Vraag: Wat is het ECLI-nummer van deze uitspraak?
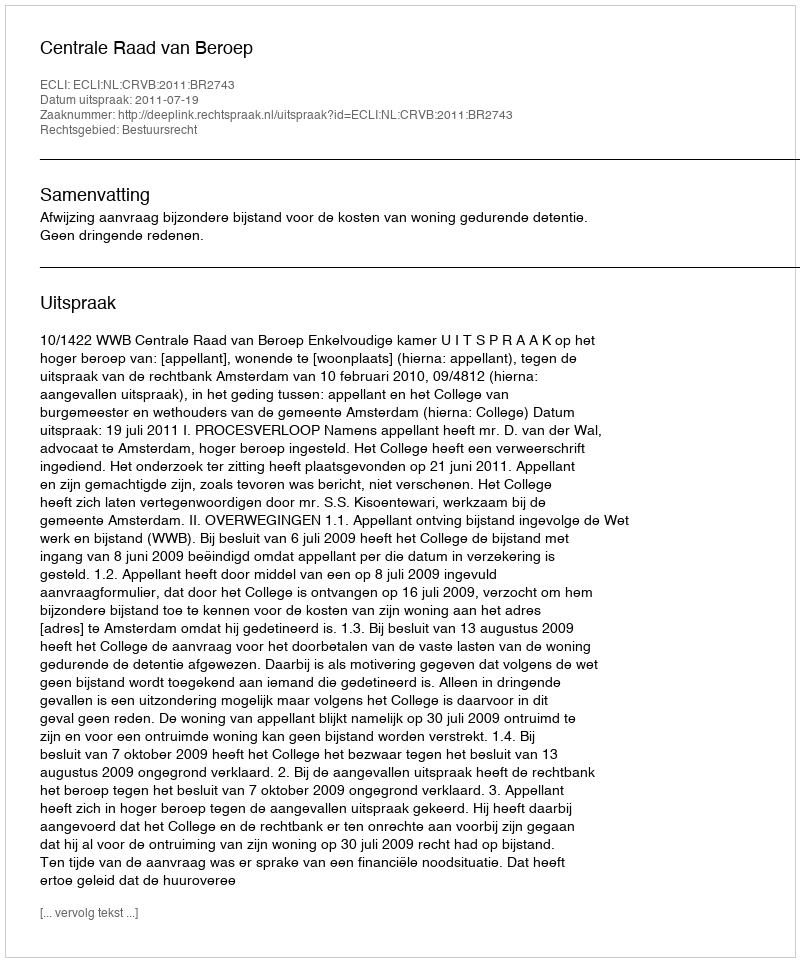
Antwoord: ECLI:NL:CRVB:2011:BR2743